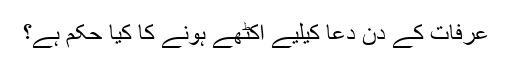
عرفات کے دن دعا کیلیے اکٹھے ہونے کا کیا حکم ہے؟